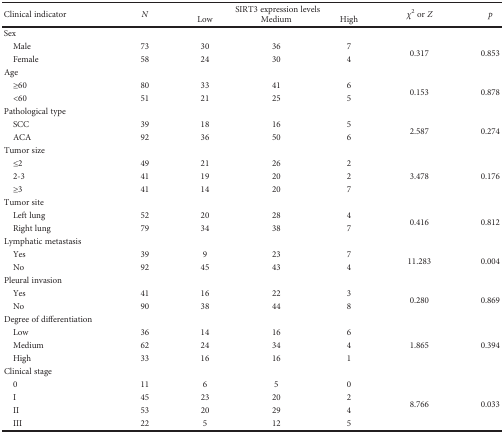
<table><thead><tr><td rowspan="2"><b>Clinical indicator</b></td><td rowspan="2"><b><i>N</i></b></td><td colspan="3"><b>SIRT3 expression levels</b></td><td rowspan="2"><b><i>χ</i><sup>2</sup> or <i>Z</i></b></td><td rowspan="2"><b><i>p</i></b></td></tr><tr><td><b>Low</b></td><td><b>Medium</b></td><td><b>High</b></td></tr></thead><tbody><tr><td>Sex</td><td></td><td></td><td></td><td></td><td></td><td></td></tr><tr><td> Male</td><td>73</td><td>30</td><td>36</td><td>7</td><td rowspan="2">0.317</td><td rowspan="2">0.853</td></tr><tr><td> Female</td><td>58</td><td>24</td><td>30</td><td>4</td></tr><tr><td>Age</td><td></td><td></td><td></td><td></td><td></td><td></td></tr><tr><td> ≥60</td><td>80</td><td>33</td><td>41</td><td>6</td><td rowspan="2">0.153</td><td rowspan="2">0.878</td></tr><tr><td> &lt;60</td><td>51</td><td>21</td><td>25</td><td>5</td></tr><tr><td>Pathological type</td><td></td><td></td><td></td><td></td><td></td><td></td></tr><tr><td> SCC</td><td>39</td><td>18</td><td>16</td><td>5</td><td rowspan="2">2.587</td><td rowspan="2">0.274</td></tr><tr><td> ACA</td><td>92</td><td>36</td><td>50</td><td>6</td></tr><tr><td>Tumor size</td><td></td><td></td><td></td><td></td><td></td><td></td></tr><tr><td> ≤2</td><td>49</td><td>21</td><td>26</td><td>2</td><td rowspan="3">3.478</td><td rowspan="3">0.176</td></tr><tr><td> 2-3</td><td>41</td><td>19</td><td>20</td><td>2</td></tr><tr><td> ≥3</td><td>41</td><td>14</td><td>20</td><td>7</td></tr><tr><td>Tumor site</td><td></td><td></td><td></td><td></td><td></td><td></td></tr><tr><td> Left lung</td><td>52</td><td>20</td><td>28</td><td>4</td><td rowspan="2">0.416</td><td rowspan="2">0.812</td></tr><tr><td> Right lung</td><td>79</td><td>34</td><td>38</td><td>7</td></tr><tr><td>Lymphatic metastasis</td><td></td><td></td><td></td><td></td><td></td><td></td></tr><tr><td> Yes</td><td>39</td><td>9</td><td>23</td><td>7</td><td rowspan="2">11.283</td><td rowspan="2">0.004</td></tr><tr><td> No</td><td>92</td><td>45</td><td>43</td><td>4</td></tr><tr><td>Pleural invasion</td><td></td><td></td><td></td><td></td><td></td><td></td></tr><tr><td> Yes</td><td>41</td><td>16</td><td>22</td><td>3</td><td rowspan="2">0.280</td><td rowspan="2">0.869</td></tr><tr><td> No</td><td>90</td><td>38</td><td>44</td><td>8</td></tr><tr><td>Degree of differentiation</td><td></td><td></td><td></td><td></td><td></td><td></td></tr><tr><td> Low</td><td>36</td><td>14</td><td>16</td><td>6</td><td rowspan="3">1.865</td><td rowspan="3">0.394</td></tr><tr><td> Medium</td><td>62</td><td>24</td><td>34</td><td>4</td></tr><tr><td> High</td><td>33</td><td>16</td><td>16</td><td>1</td></tr><tr><td>Clinical stage</td><td></td><td></td><td></td><td></td><td></td><td></td></tr><tr><td> 0</td><td>11</td><td>6</td><td>5</td><td>0</td><td rowspan="4">8.766</td><td rowspan="4">0.033</td></tr><tr><td> I</td><td>45</td><td>23</td><td>20</td><td>2</td></tr><tr><td> II</td><td>53</td><td>20</td><td>29</td><td>4</td></tr><tr><td> III</td><td>22</td><td>5</td><td>12</td><td>5</td></tr></tbody></table>